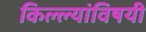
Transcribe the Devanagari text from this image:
किल्ल्यांविषयी